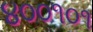
૪૦૦૧૦૧